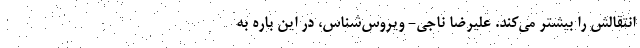
انتقالش را بیشتر می‌کند. علیرضا ناجی- ویروس‌شناس، در این باره به